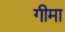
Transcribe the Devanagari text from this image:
गीमा